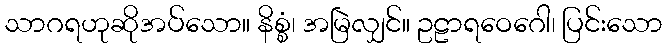
သာဂရဟုဆိုအပ်သော။ နိစ္စံ၊ အမြဲလျှင်။ ဥဠာရဝေဂေါ၊ ပြင်းသော